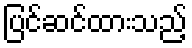
ပြင်ဆင်ထားသည့်